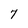
Character: 7